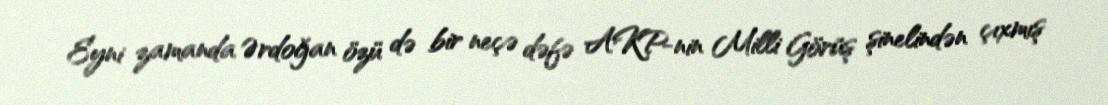
Eyni zamanda Ərdoğan özü də bir neçə dəfə AKP-nin Milli Görüş şinelindən çıxmış